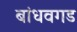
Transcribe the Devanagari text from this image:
बांधवगड